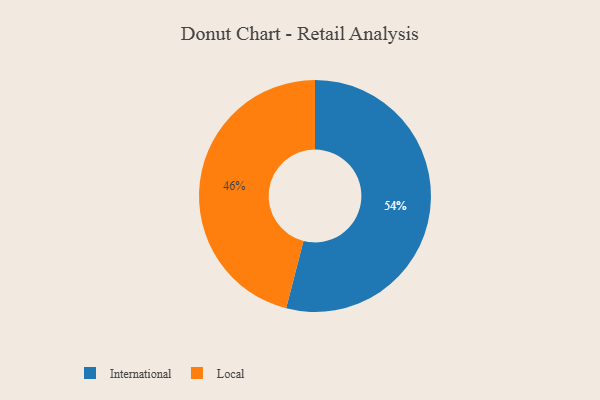
{"axis": {"x": "Category", "y": "Percentage"}, "legend": ["International", "Local"], "data": [{"x": "Local", "y": 46, "type": "Local"}, {"x": "International", "y": 54, "type": "International"}]}